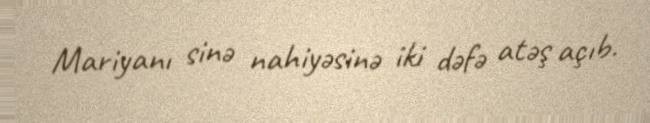
Mariyanı sinə nahiyəsinə iki dəfə atəş açıb.